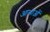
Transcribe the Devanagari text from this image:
आभाओं